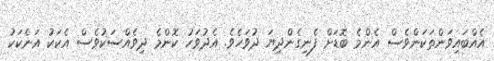
އެއްބައިވަންތަކަންވެސް އެންމެ ބޮޑަށް ފެނިގެންދިޔަ ދުވަހެވެ. އެދުވަހު ކޮންމެ ދިވެއްސަކުވެސް އެކަކު އަނެކަކު